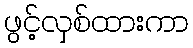
ဖွင့်လှစ်ထားကာ